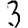
Digit: 3